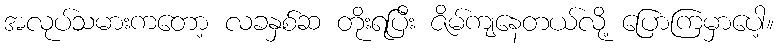
အလုပ်သမားကတော့ လခနှစ်ဆ တိုးရပြီး ဇိမ်ကျနေတယ်လို့ ပြောကြမှာပေါ့။